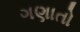
ગણાતો